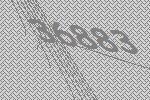
36883